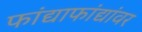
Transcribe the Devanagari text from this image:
फांद्याफांद्यांवर